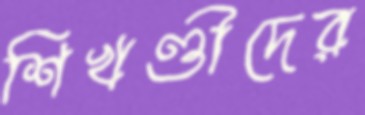
শিখণ্ডীদের